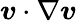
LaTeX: \boldsymbol{v}\cdot\nabla\boldsymbol{v}